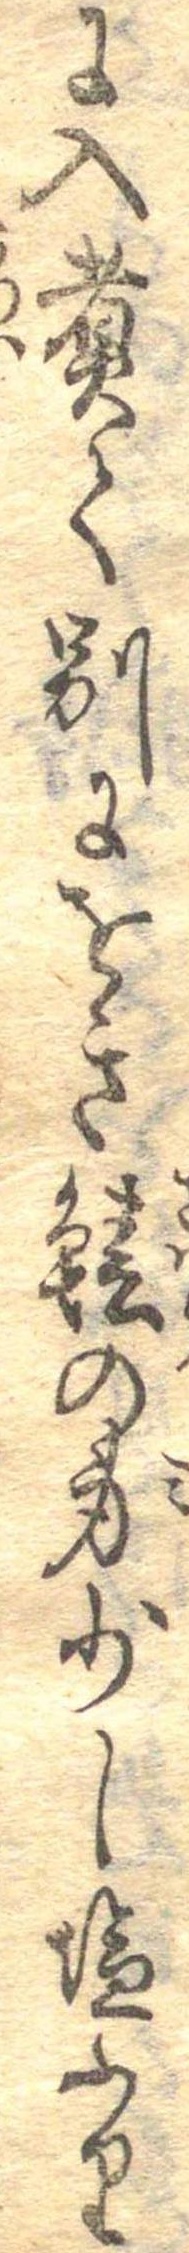
に入煮て別にをき鰆の身少し塩ふり